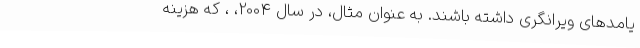
یامدهای ویرانگری داشته باشند. به عنوان مثال، در سال 2004، ، که هزینه